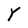
Character: Y